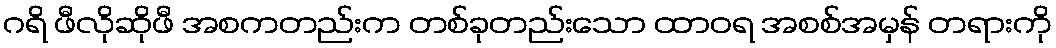
ဂရိ ဖီလိုဆိုဖီ အစကတည်းက တစ်ခုတည်းသော ထာဝရ အစစ်အမှန် တရားကို